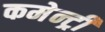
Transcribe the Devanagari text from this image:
कमेन्ट्री